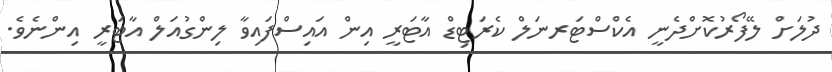
ދުލަށް ލޭފޯރުކޮށްދެނީ އެކްސްޓަރނަލް ކެރަޓިޑް އާޓަރީ އިން އައިސްފައިވާ ލިންގުއަލް އާޓަރީ އިންނެވެ.